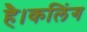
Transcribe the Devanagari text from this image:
है।कलिंग